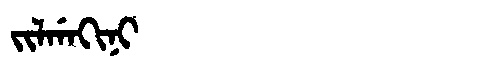
Manchu: ᠵᡳᠯᡤᠠᡴᡳᠨᡳ
Romanization: JILGAKINI